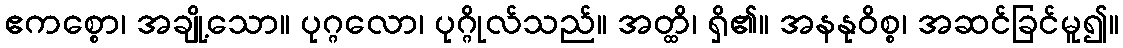
ဧကစ္စော၊ အချို့သော။ ပုဂ္ဂလော၊ ပုဂ္ဂိုလ်သည်။ အတ္ထိ၊ ရှိ၏။ အနနုဝိစ္စ၊ အဆင်ခြင်မူ၍။